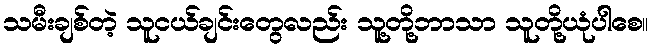
သမီးချစ်တဲ့ သူငယ်ချင်းတွေလည်း သူ့တို့ဘာသာ သူတို့ယုံပါစေ။